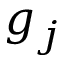
g _ { j }